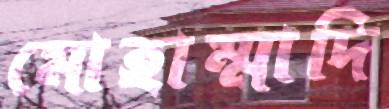
মোহাম্মাদি